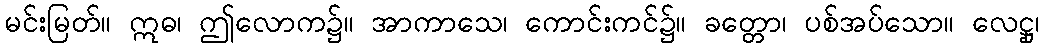
မင်းမြတ်။ ဣဓ၊ ဤလောက၌။ အာကာသေ၊ ကောင်းကင်၌။ ခတ္တော၊ ပစ်အပ်သော။ လေဋ္ဌု၊